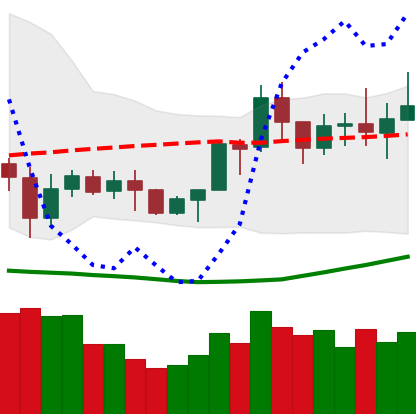
Ticker: NEO-USD
Chart end date: 2020-07-15
Forward return: -5.28%
Label: down_5_7